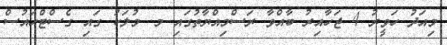
މިއަދު ހަވީރު 4 ޖަހާއިރު ބާއްވާ ރަސްމިއްޔާތުގައި މ. މުލަކު ގައި ގެސްޓްހައުސް